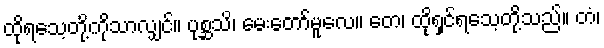
ထိုရသေ့တို့ကိုသာလျှင်။ ပုစ္ဆသိ၊ မေးတော်မူလေ။ တေ၊ ထိုရှင်ရသေ့တို့သည်။ တံ၊